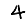
Digit: 4